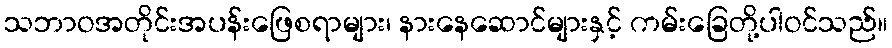
သဘာဝအတိုင်းအပန်းဖြေစရာများ၊ နားနေဆောင်များနှင့် ကမ်းခြေတို့ပါဝင်သည်။